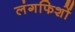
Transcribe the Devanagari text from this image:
लंगफिशों